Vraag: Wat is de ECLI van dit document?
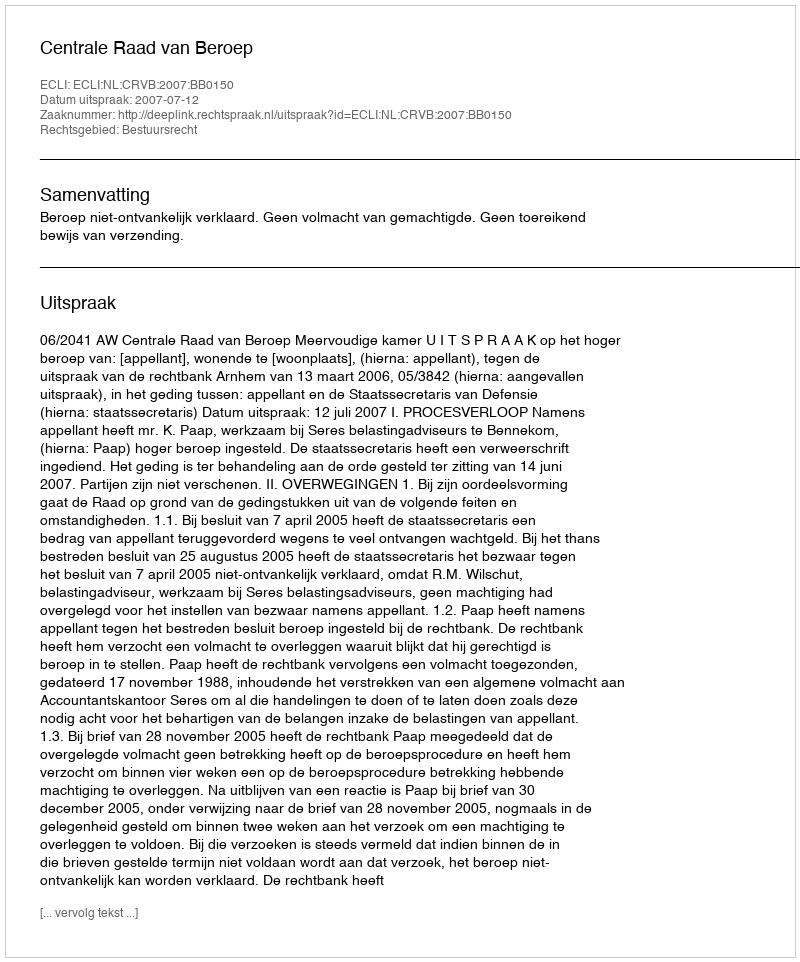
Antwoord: ECLI:NL:CRVB:2007:BB0150